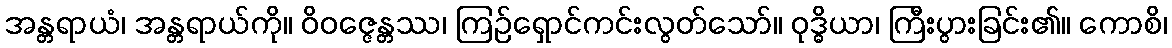
အန္တရာယံ၊ အန္တရာယ်ကို။ ဝိဝဇ္ဇေန္တဿ၊ ကြဉ်ရှောင်ကင်းလွတ်သော်။ ဝုဒ္ဓိယာ၊ ကြီးပွားခြင်း၏။ ကောစိ၊